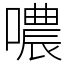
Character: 噥